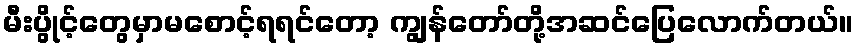
မီးပွိုင့်တွေမှာမစောင့်ရရင်တော့ ကျွန်တော်တို့အဆင်ပြေလောက်တယ်။